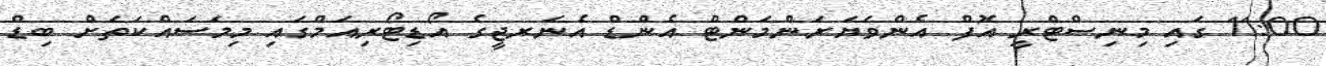
11:00 ގައި މިނިސްޓްރީ އޮފް އެންވަޔަރަންމަންޓް އެންޑް އެނަރޖީގެ އޯޑިޓޯރިއަމްގައި މިމަސައްކަތަށް ބިޑް